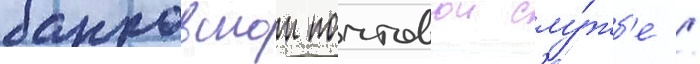
банковскои почтовои слу́жб'е /